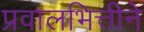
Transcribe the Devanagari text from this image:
प्रवालभित्तीने